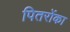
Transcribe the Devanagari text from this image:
पितरोंका